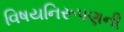
વિષયનિરૂપણની